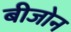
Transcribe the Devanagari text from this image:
बीजोन